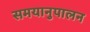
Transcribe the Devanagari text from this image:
समयानुपालन